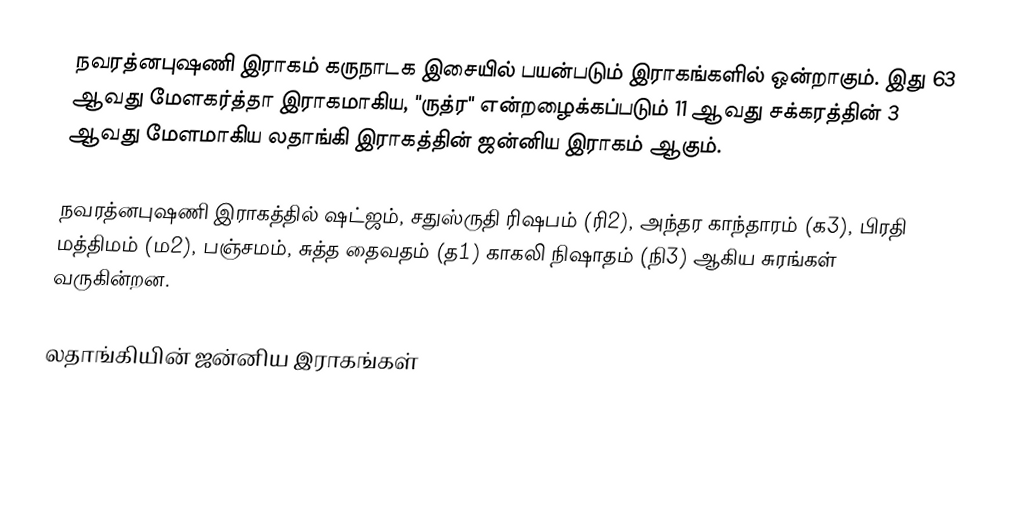
நவரத்னபுஷணி இராகம் கருநாடக இசையில் பயன்படும் இராகங்களில் ஒன்றாகும். இது 63 ஆவது மேளகர்த்தா இராகமாகிய, "ருத்ர" என்றழைக்கப்படும் 11 ஆவது சக்கரத்தின் 3 ஆவது மேளமாகிய லதாங்கி இராகத்தின் ஜன்னிய இராகம் ஆகும்.

நவரத்னபுஷணி இராகத்தில் ஷட்ஜம், சதுஸ்ருதி ரிஷபம் (ரி2),  அந்தர காந்தாரம் (க3), பிரதி மத்திமம் (ம2), பஞ்சமம்,  சுத்த தைவதம் (த1) காகலி நிஷாதம்  (நி3) ஆகிய சுரங்கள் வருகின்றன.

லதாங்கியின் ஜன்னிய இராகங்கள்